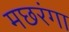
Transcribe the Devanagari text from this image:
मछरंगा